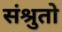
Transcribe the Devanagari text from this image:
संश्रुतो